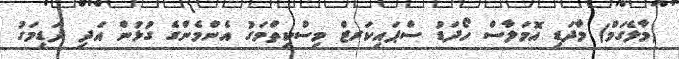
(މާލެގަމް) މާދަޑި އޮމަލާސް ހޯދަޑު ސްޕައިކަރޒް މިސްކިތްމަގު އެންމެންގެ ގުޅުން އަދި ދަޑިމަގު